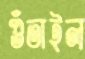
গুঁতাইল